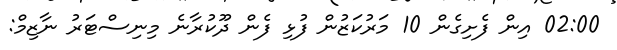
02:00 އިން ފެށިގެން 10 މަރުކަޒުން ފުޅި ފެން ދޫކުރާނެ މިނިސްޓަރު ނާޒިމް: